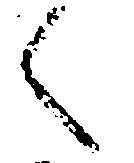
く